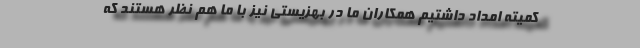
کمیته امداد داشتیم همکاران ما در بهزیستی نیز با ما هم نظر هستند که